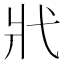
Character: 𢍿